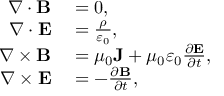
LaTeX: \begin{array} { r l } { \nabla \cdot \mathbf { B } } & { { } = 0 , } \\ { \nabla \cdot \mathbf { E } } & { { } = { \frac { \rho } { \varepsilon _ { 0 } } } , } \\ { \nabla \times \mathbf { B } } & { { } = \mu _ { 0 } \mathbf { J } + \mu _ { 0 } \varepsilon _ { 0 } { \frac { \partial \mathbf { E } } { \partial t } } , } \\ { \nabla \times \mathbf { E } } & { { } = - { \frac { \partial \mathbf { B } } { \partial t } } , } \end{array}